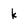
Character: k